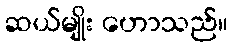
ဆယ်မျိုး ဟောသည်။